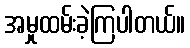
အမှုထမ်းခဲ့ကြပါတယ်။